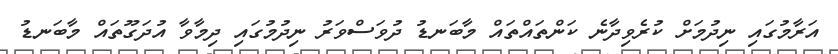
އަރާމުގައި ނިދުމަށް ކުރެވިދާނެ ކަންތައްތައް މާބަނޑު ދުވަސްވަރު ނިދުމުގައި ދިމާވާ އުދަގޫތައް މާބަނޑު